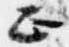
正